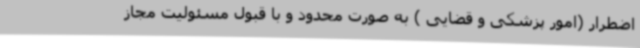
اضطرار (امور پزشکی و قضایی ) به صورت محدود و با قبول مسئولیت مجاز